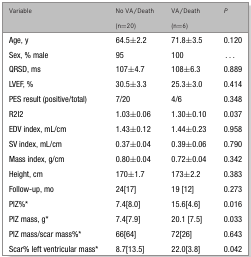
<table><thead><tr><td><b>Variable</b></td><td><b>No VA/Death (n=20)</b></td><td><b>VA/Death (n=6)</b></td><td><b><i>P</i></b></td></tr></thead><tbody><tr><td>Age, y</td><td>64.5±2.2</td><td>71.8±3.5</td><td>0.120</td></tr><tr><td>Sex, % male</td><td>95</td><td>100</td><td>...</td></tr><tr><td>QRSD, ms</td><td>107±4.7</td><td>108±6.3</td><td>0.889</td></tr><tr><td>LVEF, %</td><td>30.5±3.3</td><td>25.3±3.0</td><td>0.414</td></tr><tr><td>PES result (positive/total)</td><td>7/20</td><td>4/6</td><td>0.348</td></tr><tr><td>R2I2</td><td>1.03±0.06</td><td>1.30±0.10</td><td>0.037</td></tr><tr><td>EDV index, mL/cm</td><td>1.43±0.12</td><td>1.44±0.23</td><td>0.958</td></tr><tr><td>SV index, mL/cm</td><td>0.37±0.04</td><td>0.39±0.06</td><td>0.790</td></tr><tr><td>Mass index, g/cm</td><td>0.80±0.04</td><td>0.72±0.04</td><td>0.342</td></tr><tr><td>Height, cm</td><td>170±1.7</td><td>173±2.2</td><td>0.383</td></tr><tr><td>Follow-up, mo</td><td>24[17]</td><td>19 [12]</td><td>0.273</td></tr><tr><td>PIZ%*</td><td>7.4[8.0]</td><td>15.6[4.6]</td><td>0.016</td></tr><tr><td>PIZ mass, g*</td><td>7.4[7.9]</td><td>20.1 [7.5]</td><td>0.033</td></tr><tr><td>PIZ mass/scar mass%*</td><td>66[64]</td><td>72[26]</td><td>0.643</td></tr><tr><td>Scar% left ventricular mass*</td><td>8.7[13.5]</td><td>22.0[3.8]</td><td>0.042</td></tr></tbody></table>